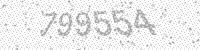
Solution: 799554